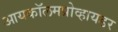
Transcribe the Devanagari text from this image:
आयकॉलमप्रोव्हायडर